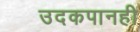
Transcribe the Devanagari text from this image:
उदकपानही